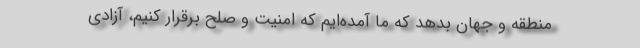
منطقه و جهان بدهد که ما آمده‌ایم که امنیت و صلح برقرار کنیم، آزادی